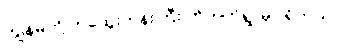
ကျွန်မတို့ ဘထွေးဘုန်းကြီး ဟိုဘက်ရွာမှာ ရှိတယ်။